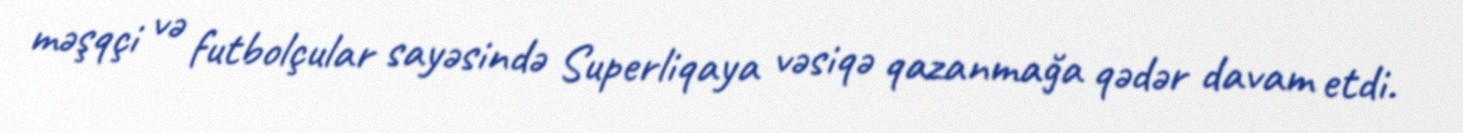
məşqçi və futbolçular sayəsində Superliqaya vəsiqə qazanmağa qədər davam etdi.